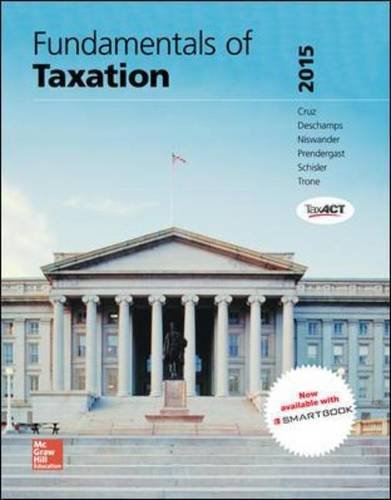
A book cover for MP Fundamentals of Taxation 2015 with TaxAct; Ana Cruz; Law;